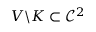
V \backslash K \subset \mathcal { C } ^ { 2 }